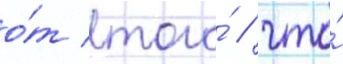
о́т того́ / что́